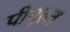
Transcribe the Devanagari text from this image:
पीपुल्ज